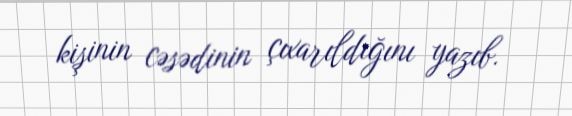
kişinin cəsədinin çıxarıldığını yazıb.